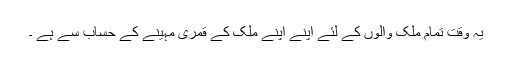
یہ وقت تمام ملک والوں کے لئے اپنے اپنے ملک کے قمری مہینے کے حساب سے ہے ۔